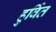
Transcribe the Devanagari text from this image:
हुर्वित